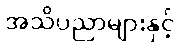
အသိပညာများနှင့်